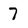
Character: 7